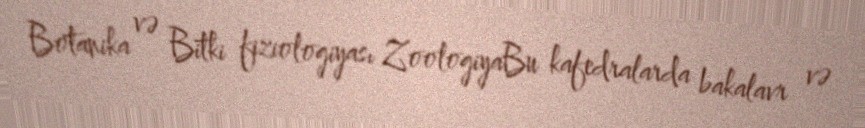
Botanika və Bitki fiziologiyası ZoologiyaBu kafedralarda bakalavr və